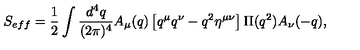
S _ { e f f } = { \frac { 1 } { 2 } } \int { \frac { d ^ { 4 } q } { ( 2 \pi ) ^ { 4 } } } A _ { \mu } ( q ) \left[ q ^ { \mu } q ^ { \nu } - q ^ { 2 } \eta ^ { \mu \nu } \right] \Pi ( q ^ { 2 } ) A _ { \nu } ( - q ) ,